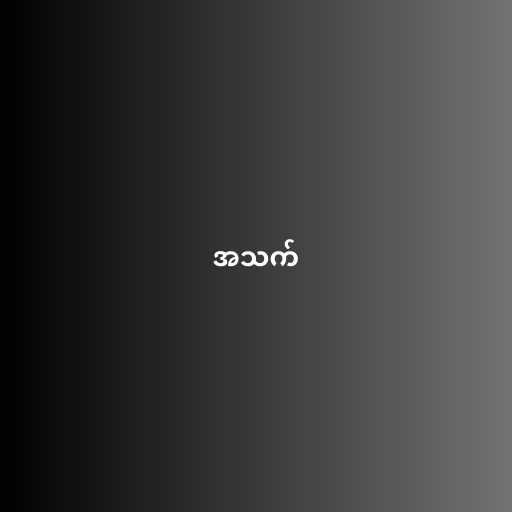
အသက်